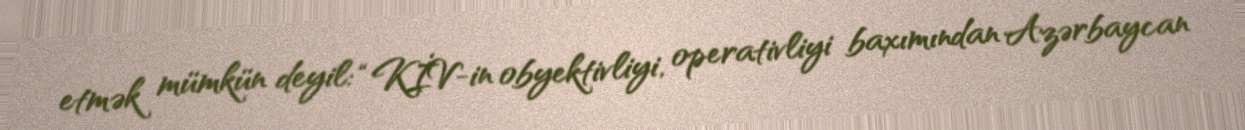
etmək mümkün deyil: “KİV-in obyektivliyi, operativliyi baxımından Azərbaycan